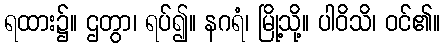
ရထား၌။ ဌတွာ၊ ရပ်၍။ နဂရံ၊ မြို့သို့။ ပါဝိသိ၊ ဝင်၏။